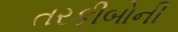
તરકીબોની